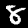
Label: 8